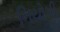
નિયોગી